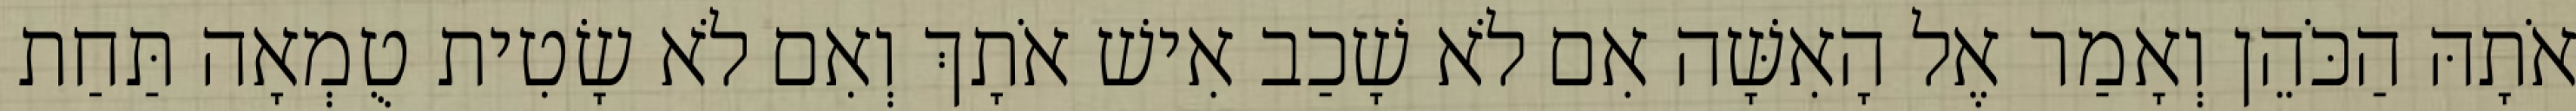
אֹתָהּ הַכֹּהֵן וְאָמַר אֶל הָאִשָּׁה אִם לֹא שָׁכַב אִישׁ אֹתָךְ וְאִם לֹא שָׂטִית טֻמְאָה תַּחַת